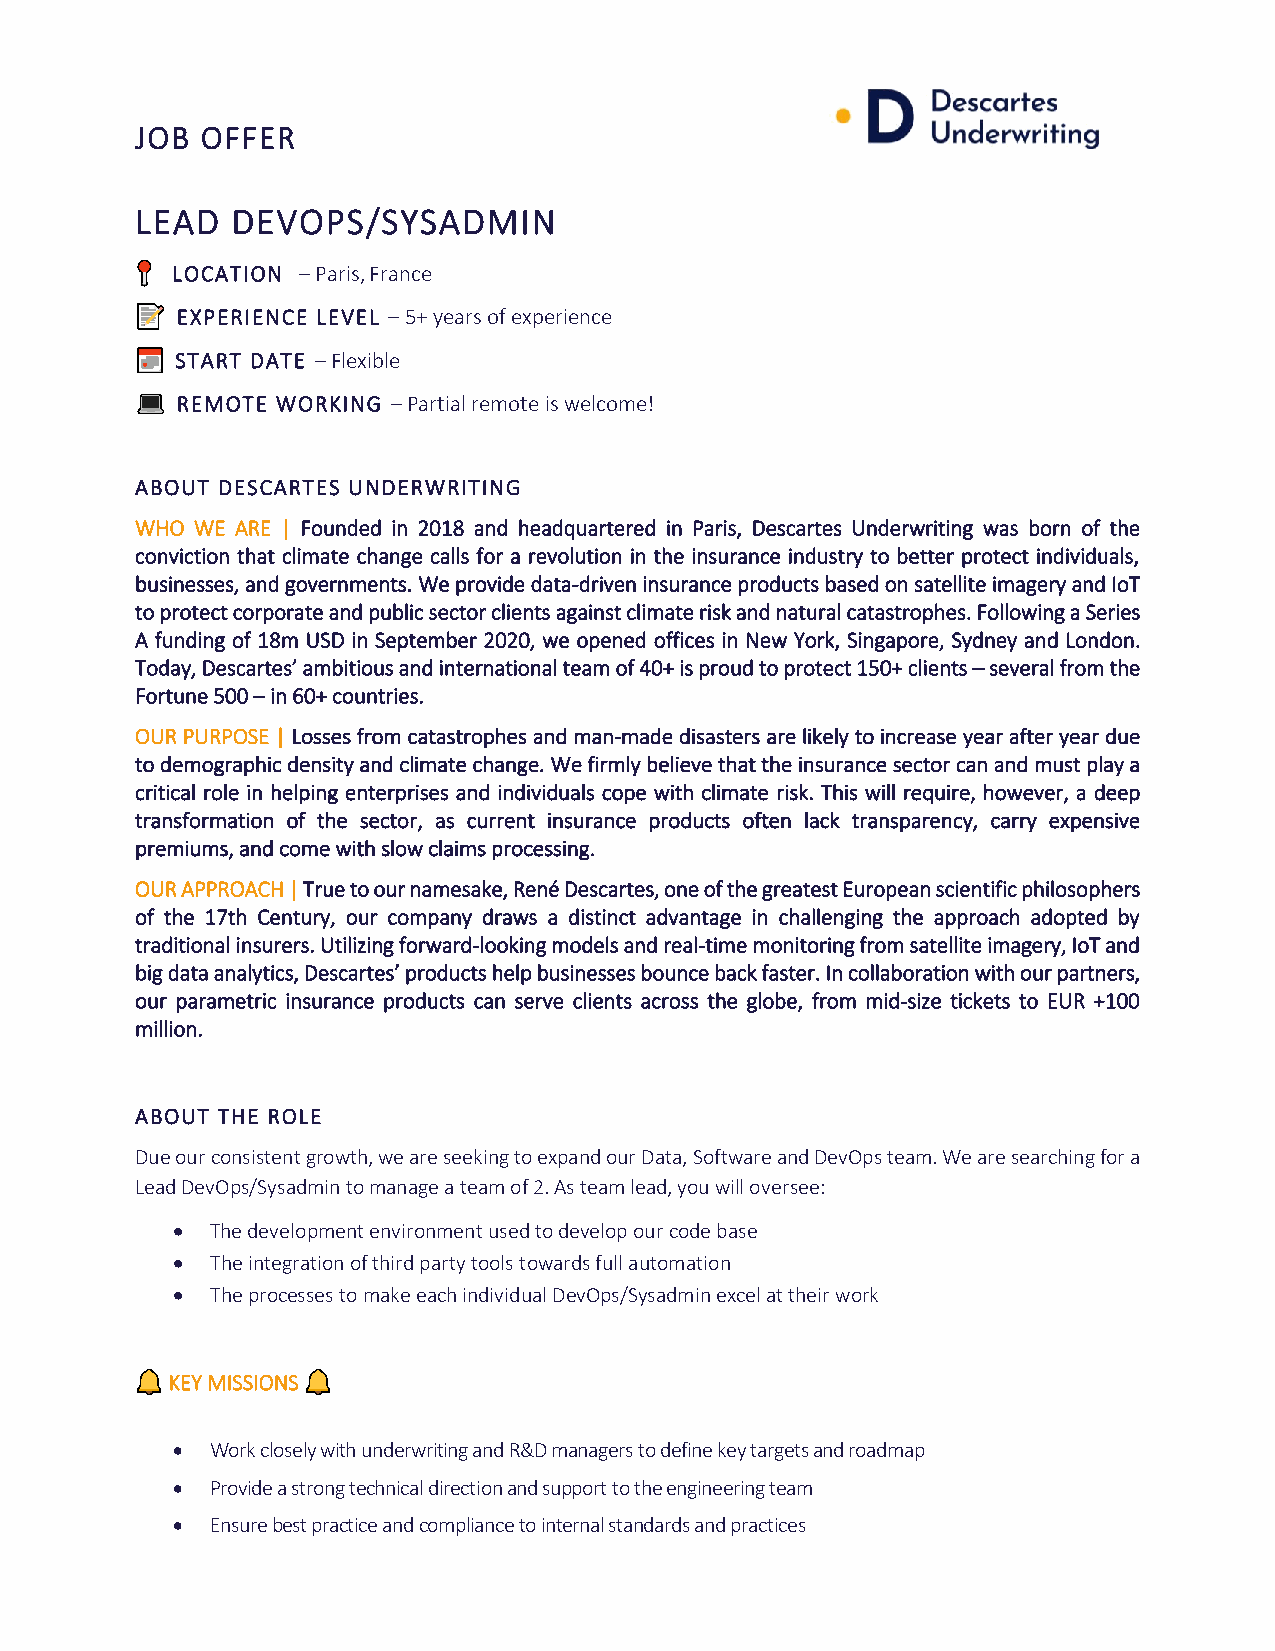
JOB OFFER
 LEAD  DEVOPS/SYSADMIN
 LOCATION – Paris, France
 EXPERIENCE LEVEL – 5+ years of experience
 START DATE – Flexible
 REMOTE WORKING – Partial remote is welcome!
 ABOUT DESCARTES UNDERWRITING
 WHO WE ARE | Founded in 2018 and headquartered in Paris, Descartes Underwriting was born of the
 conviction that climate change calls for a revolution in the insurance industry to better protect individuals,
 businesses, and governments. We provide data-driven insurance products based on satellite imagery and IoT
 to protect corporate and public sector clients against climate risk and natural catastrophes. Following a Series
 A funding of 18m USD in September 2020, we opened offices in New York, Singapore, Sydney and London.
 Today, Descartes’ ambitious and international team of 40+ is proud to protect 150+ clients – several from the
 Fortune 500 – in 60+ countries.
 OUR PURPOSE | Losses from catastrophes and man-made disasters are likely to increase year after year due
 to demographic density and climate change. We firmly believe that the insurance sector can and must play a
 critical role in helping enterprises and individuals cope with climate risk. This will require, however, a deep
 transformation of the sector, as current insurance products often lack transparency, carry expensive
 premiums, and come with slow claims processing.
 OUR APPROACH | True to our namesake, René Descartes, one of the greatest European scientific philosophers
 of the 17th Century, our company draws a distinct advantage in challenging the approach adopted by
 traditional insurers. Utilizing forward-looking models and real-time monitoring from satellite imagery, IoT and
 big data analytics, Descartes’ products help businesses bounce back faster. In collaboration with our partners,
 our parametric insurance products can serve clients across the globe, from mid-size tickets to EUR +100
 million.
 ABOUT THE ROLE
 Due our consistent growth, we are seeking to expand our Data, Software and DevOps team. We are searching for a
 Lead DevOps/Sysadmin to manage a team of 2. As team lead, you will oversee:
 •  The development environment used to develop our code base
 •  The integration of third party tools towards full automation
 •  The processes to make each individual DevOps/Sysadmin excel at their work
 KEY MISSIONS
 •  Work closely with underwriting and R&D managers to define key targets and roadmap
 •  Provide a strong technical direction and support to the engineering team
 •  Ensure best practice and compliance to internal standards and practices